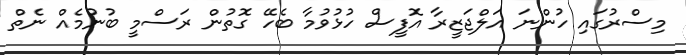
މިސްރުގައި ހުންނަ އަލްޖަޒީރާ އޮފީސް ހުޅުވުމާ ބެހޭ ގޮތުން ރަސްމީ ބުނުމެއް ނެތް